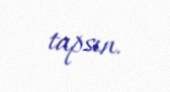
tapsın.